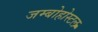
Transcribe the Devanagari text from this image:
जम्बोहोस्टल